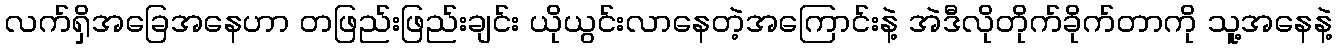
လက်ရှိအခြေအနေဟာ တဖြည်းဖြည်းချင်း ယိုယွင်းလာနေတဲ့အကြောင်းနဲ့ အဲဒီလိုတိုက်ခိုက်တာကို သူ့အနေနဲ့